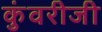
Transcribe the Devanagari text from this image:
कुंवरीजी